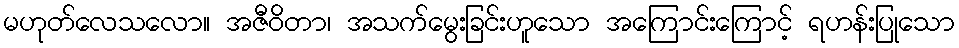
မဟုတ်လေသလော။ အဇီဝိတာ၊ အသက်မွေးခြင်းဟူသော အကြောင်းကြောင့် ရဟန်းပြုသော